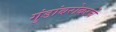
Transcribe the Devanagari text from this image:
गुंडांबरोबरचे